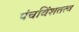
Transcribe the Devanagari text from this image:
पंचविंशतत्व